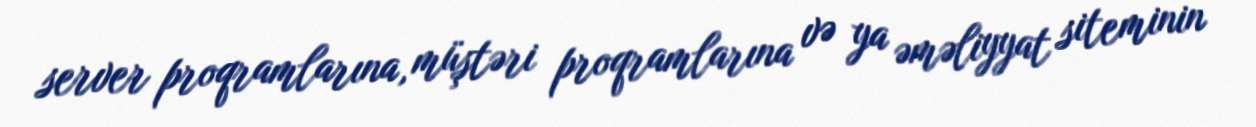
server proqramlarına, müştəri proqramlarına və ya əməliyyat siteminin